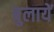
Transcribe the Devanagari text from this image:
बुलायें